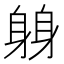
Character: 𫏬